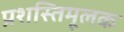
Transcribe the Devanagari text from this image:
प्रशस्तिमूलक